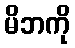
မိဘကို